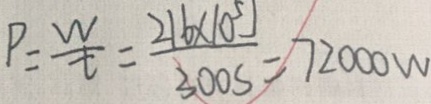
P = \frac { W } { t } = \frac { 2 1 6 \times 1 0 ^ { 5 } J } { 3 0 0 s } = 7 2 0 0 0 w